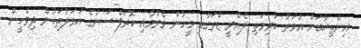
އިންތިޚާބަށް އުމަރު ކުރިމަތި ލެއްވީ ޑްރަގާއި މީހުން މެރުމާއި ކޮރަޕްޝަނުގެ އަމަލުތަކުން ދިވެހީން